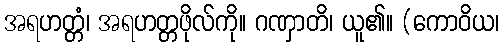
အရဟတ္တံ၊ အရဟတ္တဖိုလ်ကို။ ဂဏှာတိ၊ ယူ၏။ (ကောဝိယ၊